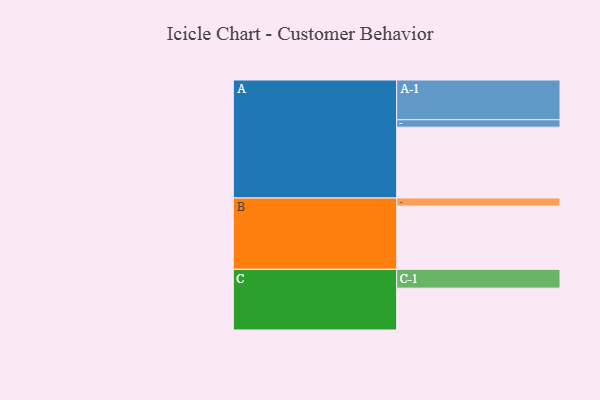
{"axis": {"x": "Segment", "y": "Value"}, "legend": ["", "A", "B", "C"], "data": [{"x": "A", "y": 508, "type": ""}, {"x": "B", "y": 453, "type": ""}, {"x": "C", "y": 300, "type": ""}, {"x": "A-1", "y": 285, "type": "A"}, {"x": "A-2", "y": 53, "type": "A"}, {"x": "B-1", "y": 58, "type": "B"}, {"x": "C-1", "y": 135, "type": "C"}]}